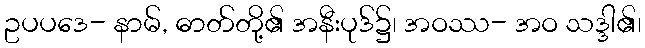
ဥပပဒေ- နာမ်, ဓာတ်တို့၏ အနီးပုဒ်၌၊ အဝဿ- အဝ သဒ္ဒါ၏၊